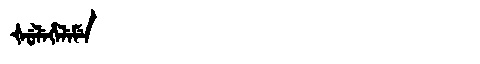
Manchu: ᡧᡠᠯᡝᡥᡝᠯᡝᠮᡝ
Romanization: ŠULEHELEME